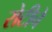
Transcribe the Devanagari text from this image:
रोटीचे